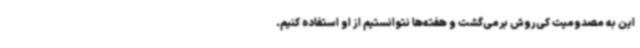
این به مصدومیت کی‌روش برمی‌گشت و هفته‌ها نتوانستیم از او استفاده کنیم.